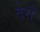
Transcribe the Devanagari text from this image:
तेरौ